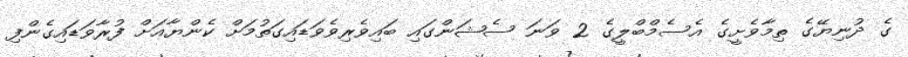
ގެ ދުނިޔޭގެ ތިމާވެށީގެ އެސެމްބްލީގެ 2 ވަނަ ސެޝަންގައި ބައިވެރިވެވަޑައިގަތުމަށް ކެންޔާއަށް ފުރާވަޑައިގެންފި